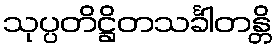
သုပ္ပတိဋ္ဌိတသင်္ခါတန္တိ